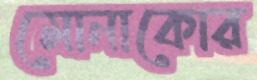
মোনাকোর